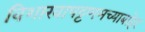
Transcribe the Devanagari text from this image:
विशाखापट्टणमच्याबाहेर